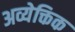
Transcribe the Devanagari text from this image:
अव्येक्तिक